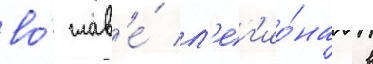
во́ глав'е́ л'ег'ио́на в